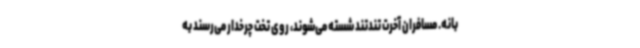
بانه. مسافران آخرت تندتند شسته می‌شوند،‌ روی تخت چرخدار می‌رسند به